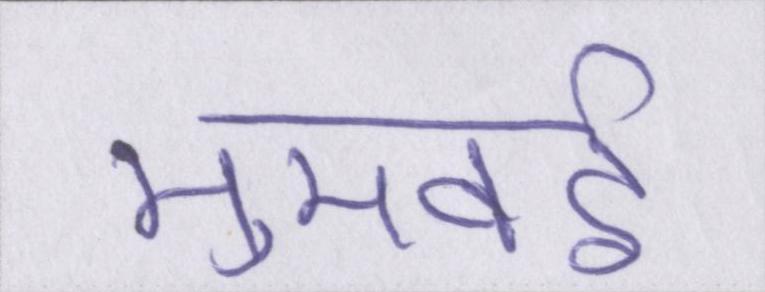
मुमबई